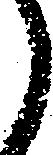
し